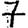
Digit: 7